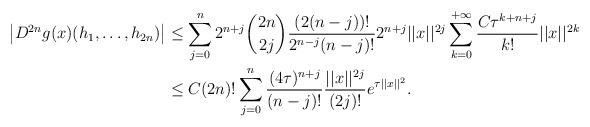
LaTeX: \begin{align*}\big\vert D^{2n} g(x)(h_1,\dots, h_{2n})\big\vert &\le\sum_{j=0}^{n}2^{n+j}\binom{2n}{2j}\frac{(2(n-j))!}{2^{n-j}(n-j)!}2^{n+j}\vert\vert x \vert\vert^{2j}\sum_{k=0}^{+\infty}\frac{C\tau^{k+n+j}}{k!}\vert\vert x \vert\vert^{2k}\\&\le C (2n)!\sum_{j=0}^{n}\frac{(4\tau)^{n+j}}{(n-j)!}\frac{\vert\vert x \vert\vert^{2j}}{(2j)!}e^{\tau \vert\vert x \vert\vert^2}.\end{align*}